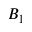
B _ { 1 }